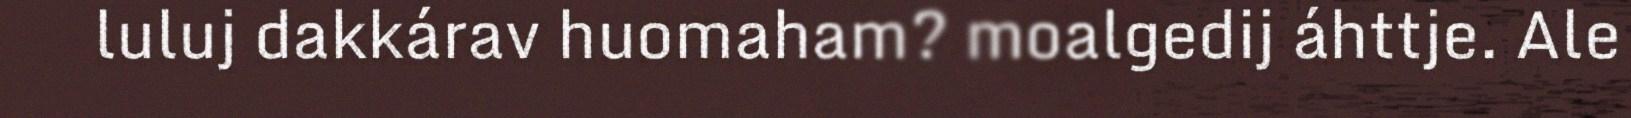
luluj dakkárav huomaham? moalgedij áhttje. Ale